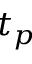
t _ { p }